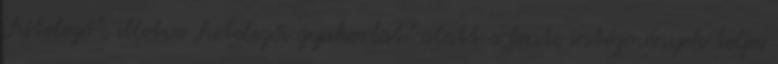
„hitelező”, illetve „hitelezői gyakorlat” alatt a fenti intézmények teljes